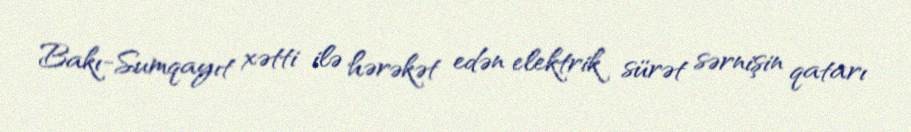
Bakı-Sumqayıt xətti ilə hərəkət edən elektrik sürət sərnişin qatarı